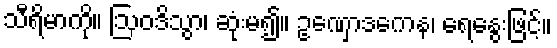
သီရိမာကို။ ဩဝဒိသွာ၊ ဆုံးမ၍။ ဥဏှောဒကေန၊ ရေနွေးဖြင့်။